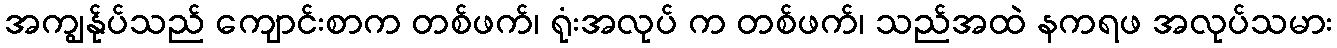
အကျွန်ုပ်သည် ကျောင်းစာက တစ်ဖက်၊ ရုံးအလုပ် က တစ်ဖက်၊ သည်အထဲ နကရဖ အလုပ်သမား